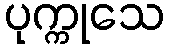
ပုက္ကုသေ